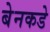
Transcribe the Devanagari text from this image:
बेनकडे